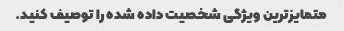
متمایزترین ویژگی شخصیت داده شده را توصیف کنید.